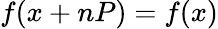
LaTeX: f(x+nP)=f(x)